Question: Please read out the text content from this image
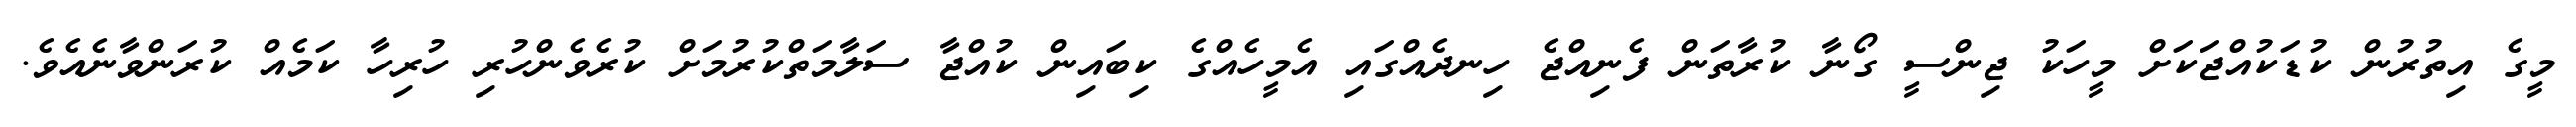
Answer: މީގެ އިތުރުން ކުޑަކުއްޖަކަށް މީހަކު ޖިންސީ ގޯނާ ކުރާތަން ފެނިއްޖެ ހިނދެއްގައި އެމީހެއްގެ ކިބައިން ކުއްޖާ ސަލާމަތްކުރުމަށް ކުރެވެންހުރި ހުރިހާ ކަމެއް ކުރަންވާނެއެވެ.